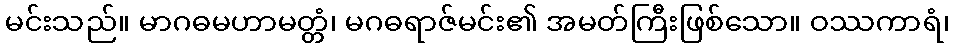
မင်းသည်။ မာဂဓမဟာမတ္တံ၊ မဂဓရာဇ်မင်း၏ အမတ်ကြီးဖြစ်သော။ ဝဿကာရံ၊